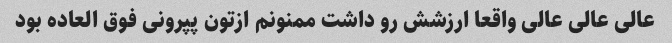
عالی عالی عالی واقعا ارزشش رو داشت ممنونم ازتون پپرونی فوق العاده بود